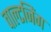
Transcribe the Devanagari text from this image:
वाल्टजिंग